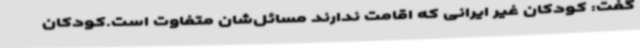
گفت: کودکان غیر ایرانی که اقامت ندارند مسائل‌شان متفاوت است.کودکان